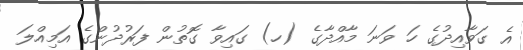
އެ ގަވާއިދުގެ ހަ ވަނަ މާއްދާގެ (ހ) ގައިވާ ގޮތުން ފަރުދުންގެ އަމިއްލަ